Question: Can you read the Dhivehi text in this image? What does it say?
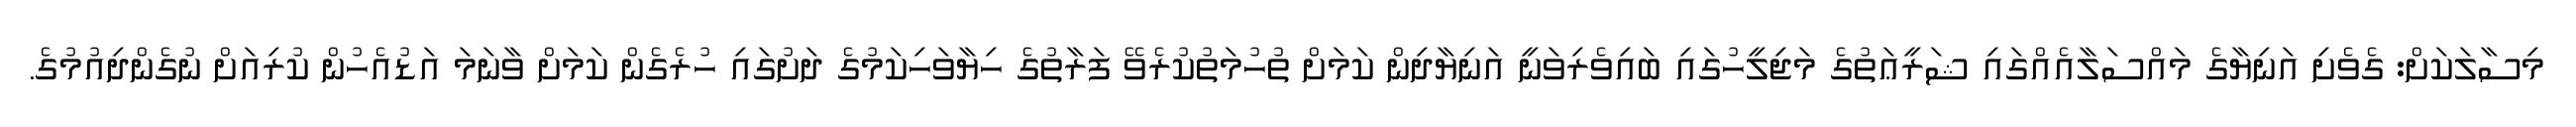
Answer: މިސާލަކަށް: ގެވެށި އަނިޔާގެ މައްސަލާއެއްގައި ޝަރީޢަތުގެ މަޖިލީހުގައި ބައިވެރިވަނީ އަނިޔާދިން ކަމަށް ތުހުމަތުކުރެވޭ ފަރާތުގެ ހިޔާވަހިކަމުގެ ދަށުގައި ހުރެގެން ކަމަށް ވާނަމަ އަޑުއެހުން ކުރިއަށް ނުގެންދިއުމުގެ.